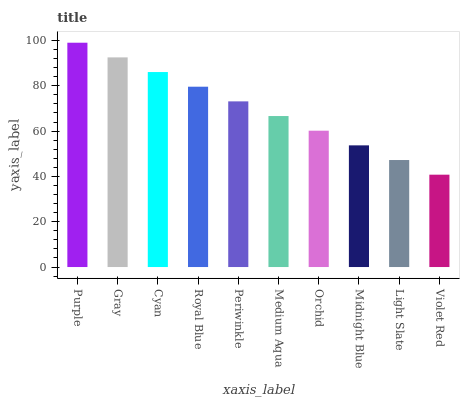
| xaxis_label | bars |
 | --- | --- |
 | Purple | 99 |
 | Gray | 92.5 |
 | Cyan | 86.1 |
 | Royal Blue | 79.6 |
 | Periwinkle | 73.1 |
 | Medium Aqua | 66.6 |
 | Orchid | 60.2 |
 | Midnight Blue | 53.7 |
 | Light Slate | 47.2 |
 | Violet Red | 40.8 |